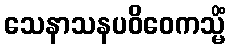
သေနာသနပဝိဝေကသ္မိံ